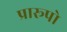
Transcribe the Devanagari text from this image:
प्रारूपो